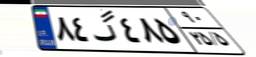
۸۴گ۴۸۵۹۰